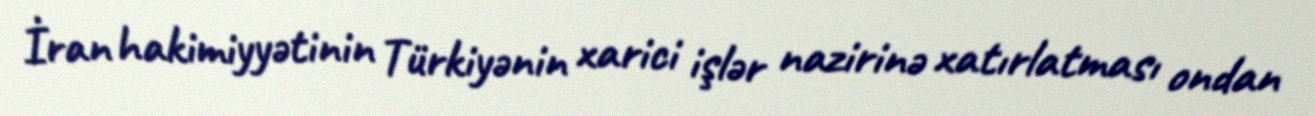
İran hakimiyyətinin Türkiyənin xarici işlər nazirinə xatırlatması ondan